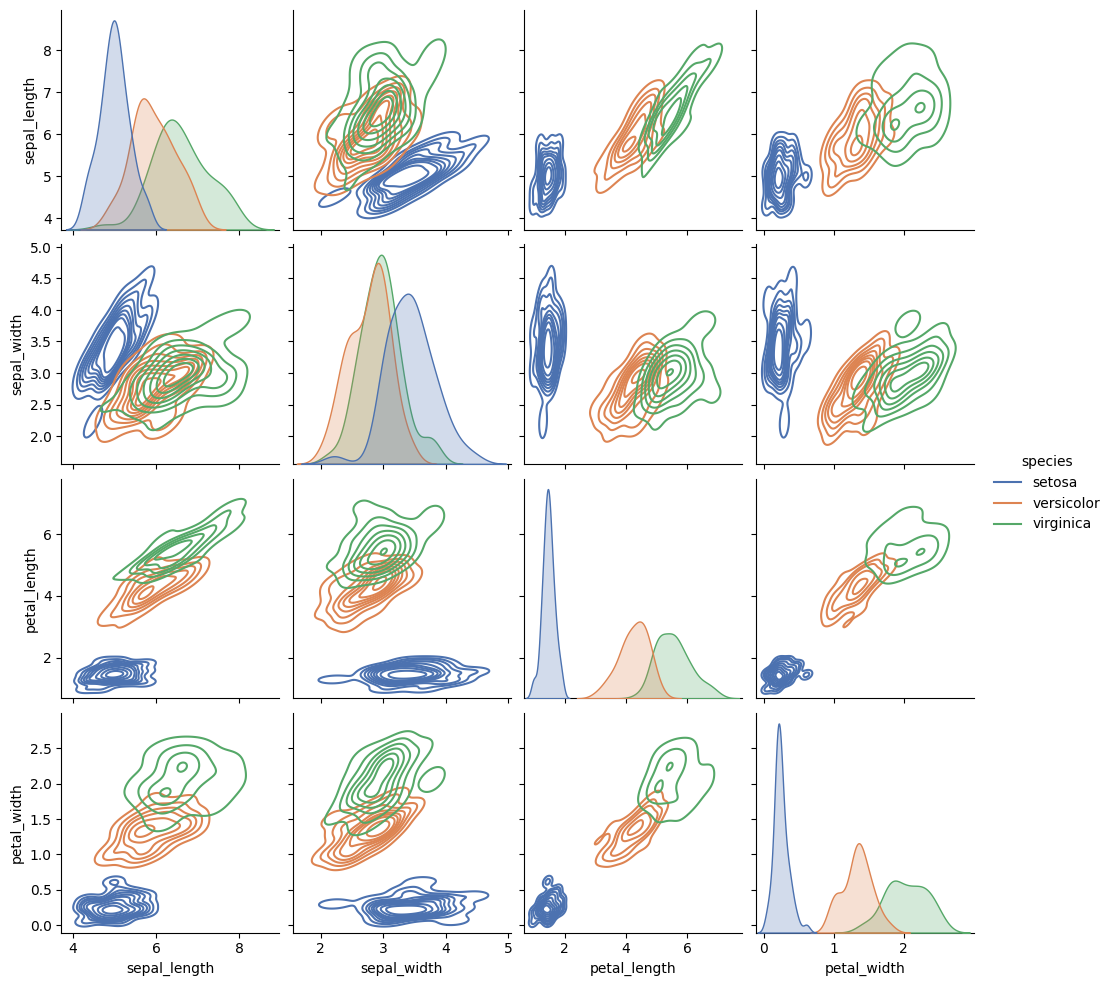
python, seaborn, pairplot, palette='deep', markers=['o', 's', 'D'], kind='kde', diag_kind='auto'